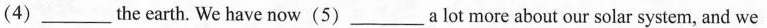
(4)___the earth. We have now(5)___a lot more about our solar system, and we